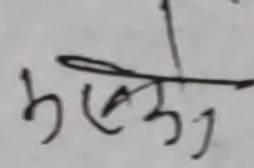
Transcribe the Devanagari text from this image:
मेको